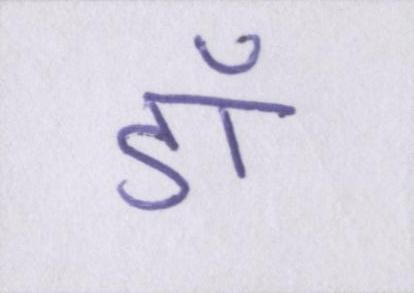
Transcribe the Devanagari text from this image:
डॉ